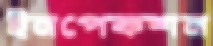
ইনপেকশন